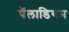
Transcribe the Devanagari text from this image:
पॅलाडियम